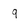
Character: q